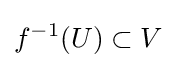
f^{-1}(U)\subset V